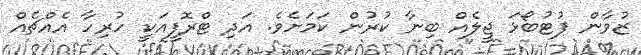
ޒުވާން ފުޓުބޯޅަ ޖީލެއް ބިނާ ކުރުން ކަމަށެވެ. އަދި ޓްރޮފީއަކީ ހުރިހާ އެއްޗެއް